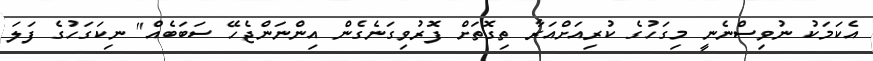
އެކަމަކު ނުވިސްނެނީ މިގަހުގެ ކުރިއަށްއަރާ ތިގޮތަށް ފޮރުވިގަނެގެން އިންނަންޖެހޭ ސަބަބެއް" ނިކަގަހުގެ ފަލަ